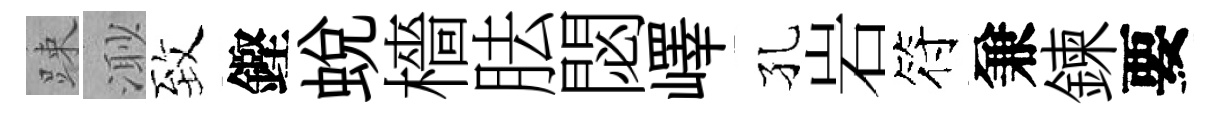
踈𣺌致鏗蛻檣胠閟嶧孔岩符兼鍊要